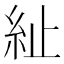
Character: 䊼